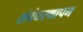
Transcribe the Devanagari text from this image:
संबंधस्थापन